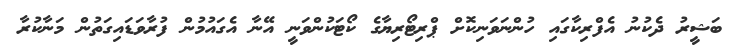
ބަޝީރު ދެކުނު އެފްރިކާގައި ހުންނަވަނިކޮށް ޕްރިޓޯރިޔާގެ ކޯޓަކުންވަނީ އޭނާ އެގައުމުން ފުރާވަޑައިގަތުން މަނާކުރާ